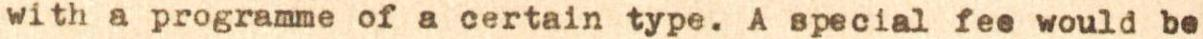
with a programme of a certain type. A special fee would be